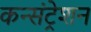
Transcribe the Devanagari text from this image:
कन्संट्रेशन